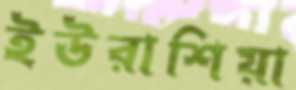
ইউরাশিয়া